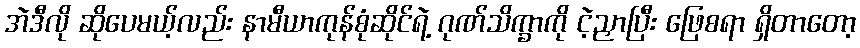
အဲဒီလို ဆိုပေမယ့်လည်း နာမီယာကုန်စုံဆိုင်ရဲ့ ဂုဏ်သိက္ခာကို ငဲ့ညှာပြီး ဖြေစရာ ရှိတာတော့